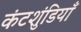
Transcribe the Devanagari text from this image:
कंटशुंडियाँ